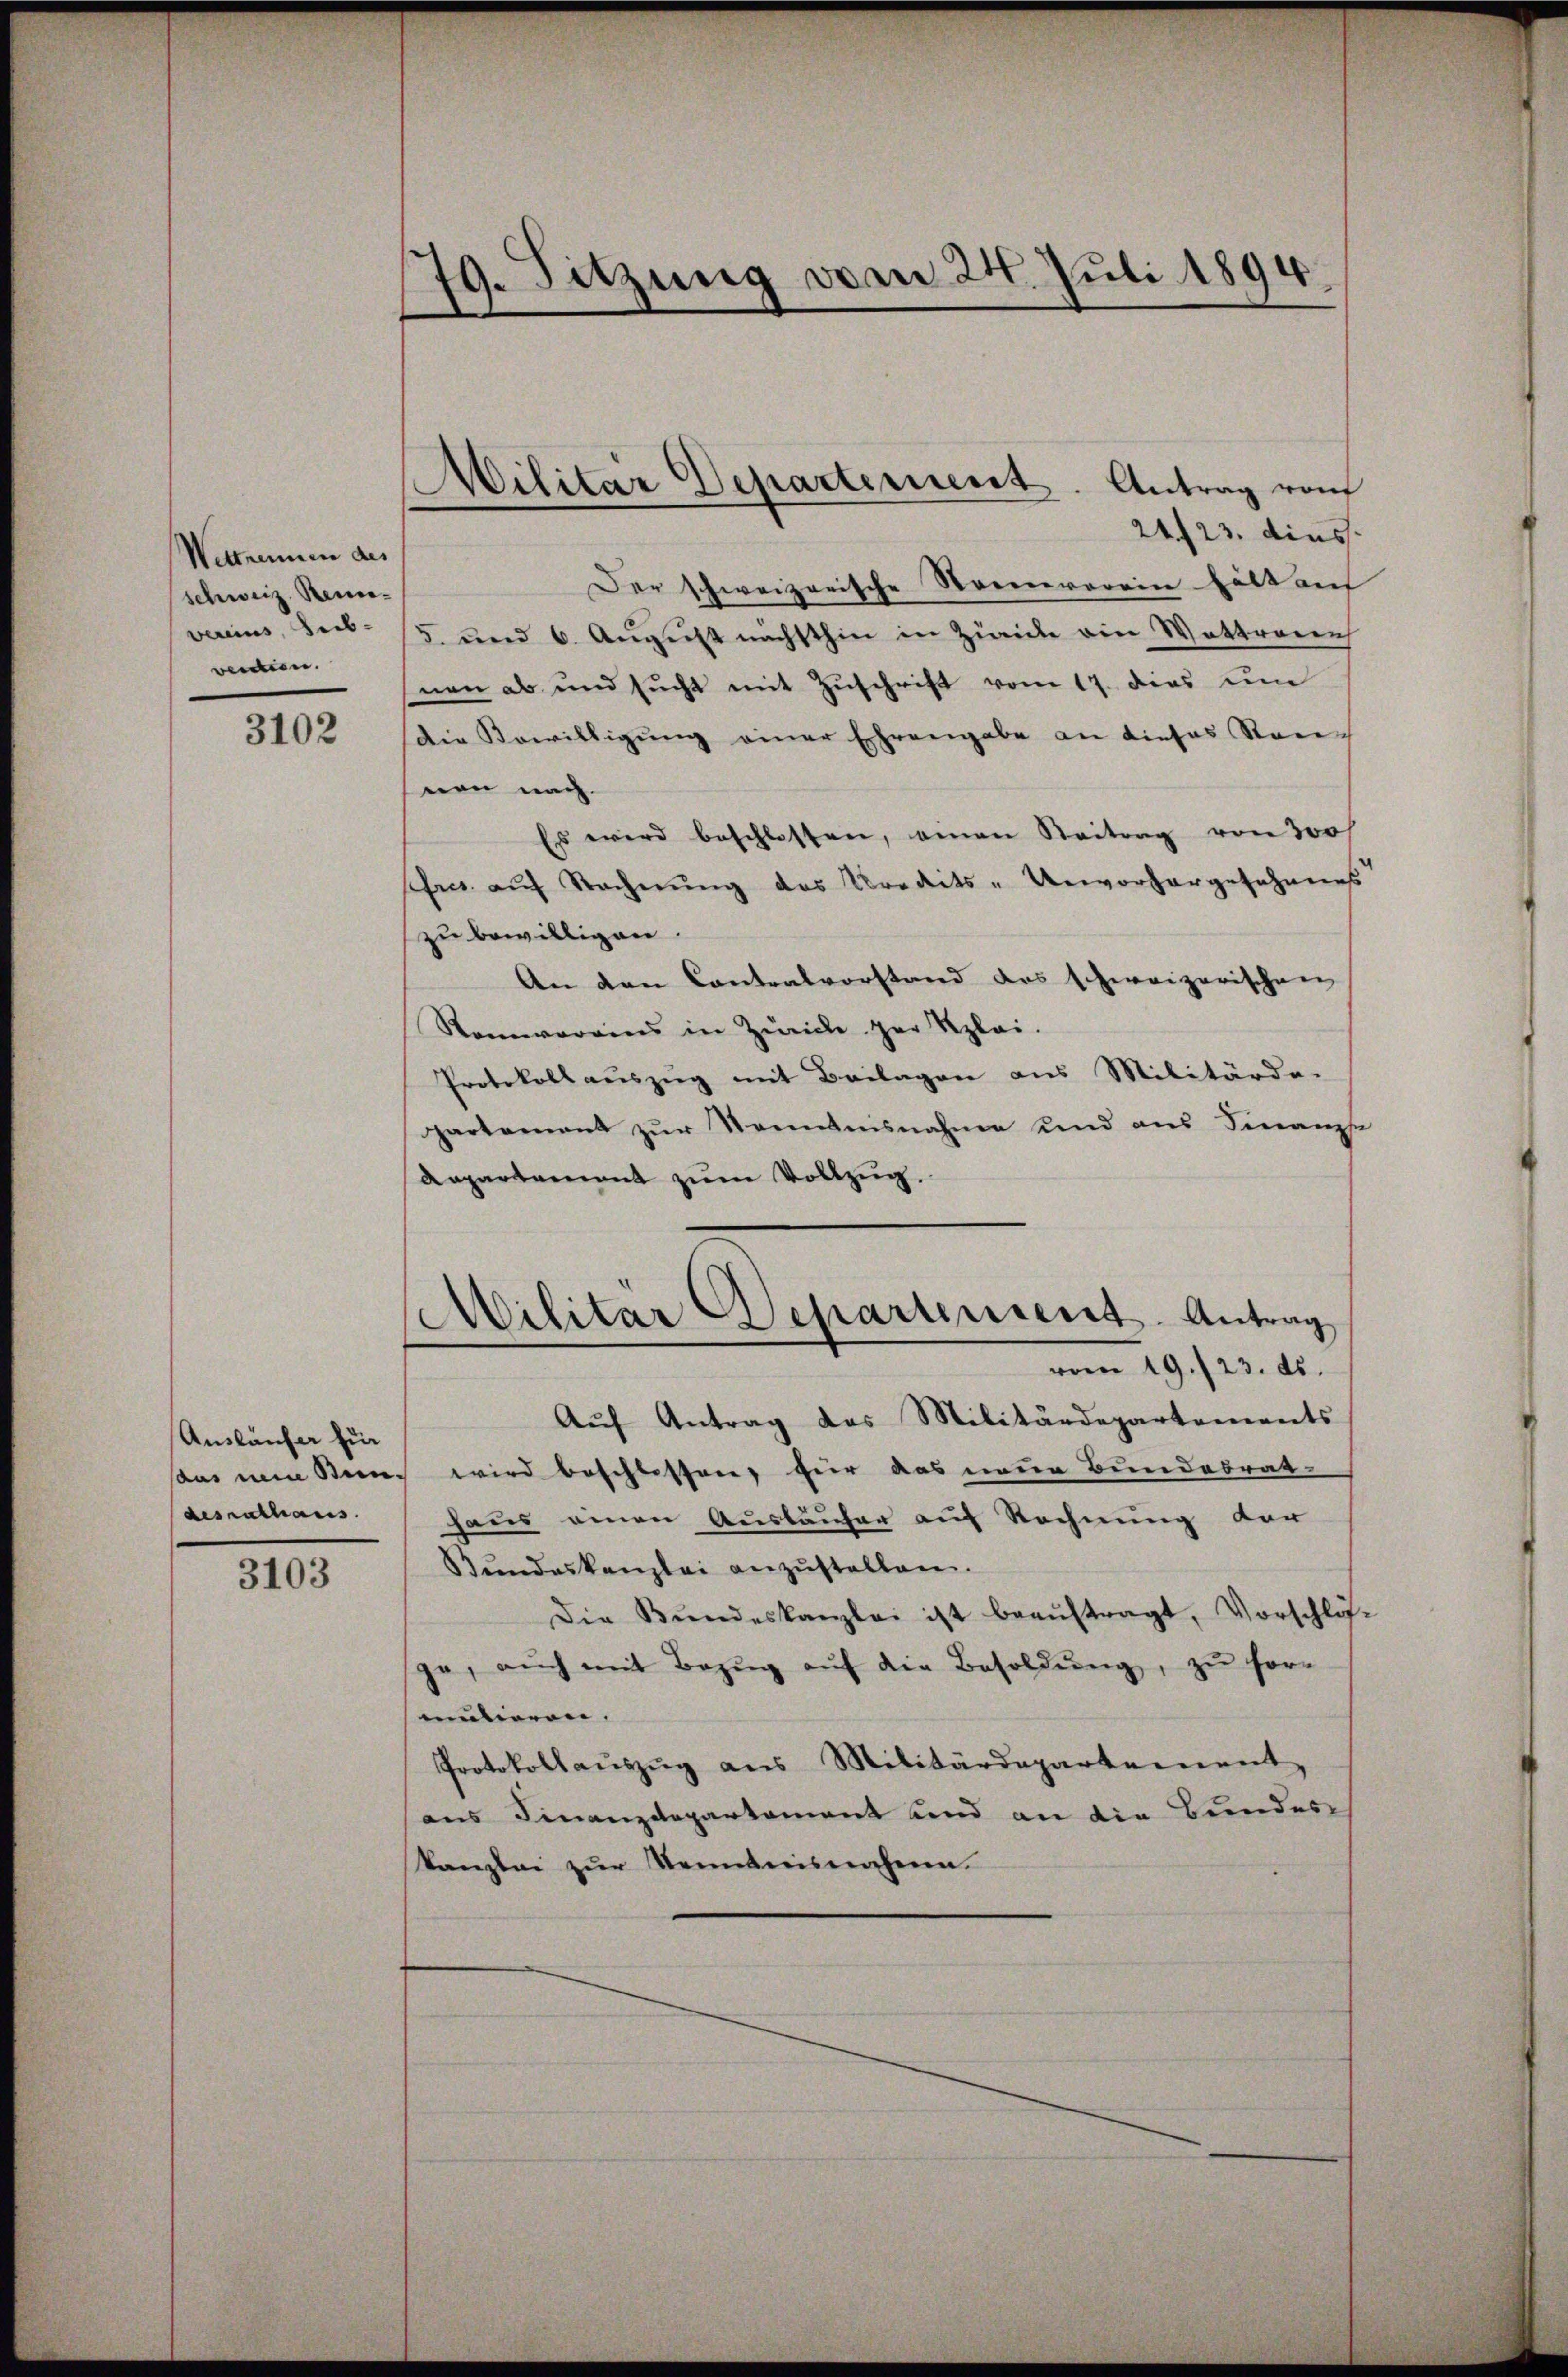
Wettnennen des
schweiz. Rece
vereins, Leib-
venien.

3102

Auskäufer für
desrathaus.

3103

79. Sitzung vom 24. Juli 1894
.

Militar Departement. Antrag von

24 f 23. dies
Der schweizerische Sonnererein hatt au
5. und 6. August nächsthin in Zürich ein Wattrauen
nen ab und sucht mit Zuschrift vom 17. dies um
Die Bewilligŭng einer Ehrengabe an dieses Ran
non nach.
Es wird beschlossen, einen Seitrag von 300f
fr. auf Rechnung des Kredits - Unvorhergesehenes
zu bewilligen.
An den Contralvorstand das schweizerischen
Samareins in Zürich par Klei-
Protokoll aŭszŭg mit Beilagen aus Militärde-
partement zur Kenntnisnahme und aus Finanze
Aepartement zum Vollzug.
Militär Departement. Antrag
vom 19./23. ds.
Aŭf Antrag das Militärdepartements
sans nun den wird beschlossen, für das neue Bundesrat
haus einen Ausläufer auf Rechnung der
Bŭndeskanzlei anzŭstellen.
Die Bŭndeskanzlei ist beaŭftragt, Vorschlis-
ge, aŭch mit Bezŭg aŭf die Besoldŭng, zŭ sormutieren.
Protokollauszug aus Militärdepartement
aus Finanzdepartement und an die Bundes
kanzlei zŭr Steinbreisnahme.